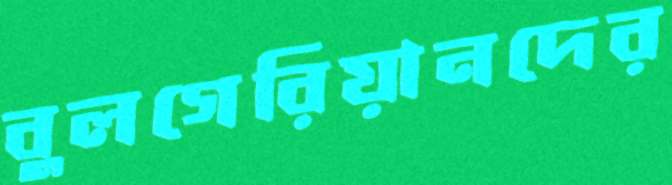
বুলগেরিয়ানদের